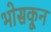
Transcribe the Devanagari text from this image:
भोसकून